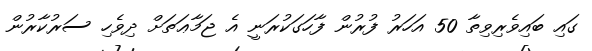
ގައި ބައިވެރިވިތާ 50 އަހަރު ފުރުން ފާހަގަކުރަނީ އެ ޖަމާޢަތަށް ދިވެހި ސަރުކާރުން